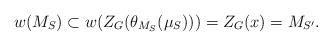
LaTeX: \begin{align*}w(M_S) \subset w(Z_G(\theta_{M_S}(\mu_S))) =Z_G(x)=M_{S'}.\end{align*}